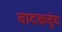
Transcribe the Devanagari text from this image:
वादकवृंद